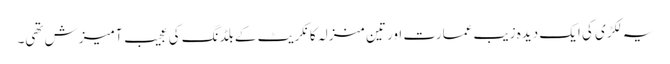
یہ لکڑی کی ایک دیدہ زیب عمارت اور تین منزلہ کانکریٹ کے بلڈنگ کی عجیب آمیزش تھی۔